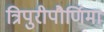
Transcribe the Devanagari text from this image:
त्रिपुरीपौर्णिमा